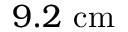
9 . 2 \ \mathrm { c m }